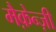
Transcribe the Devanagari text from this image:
मैक़ेन्ज़ी